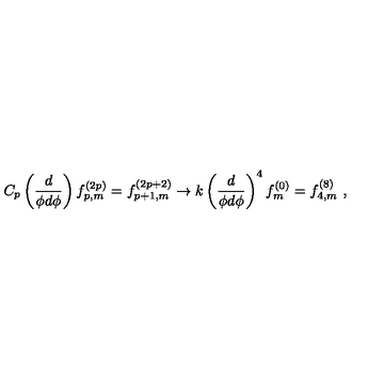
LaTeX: C _ { p } \left( \frac { d } { \phi d \phi } \right) f _ { p , m } ^ { ( 2 p ) } = f _ { p + 1 , m } ^ { ( 2 p + 2 ) } \rightarrow k \left( \frac { d } { \phi d \phi } \right) ^ { 4 } f _ { m } ^ { ( 0 ) } = f _ { 4 , m } ^ { ( 8 ) } \ ,